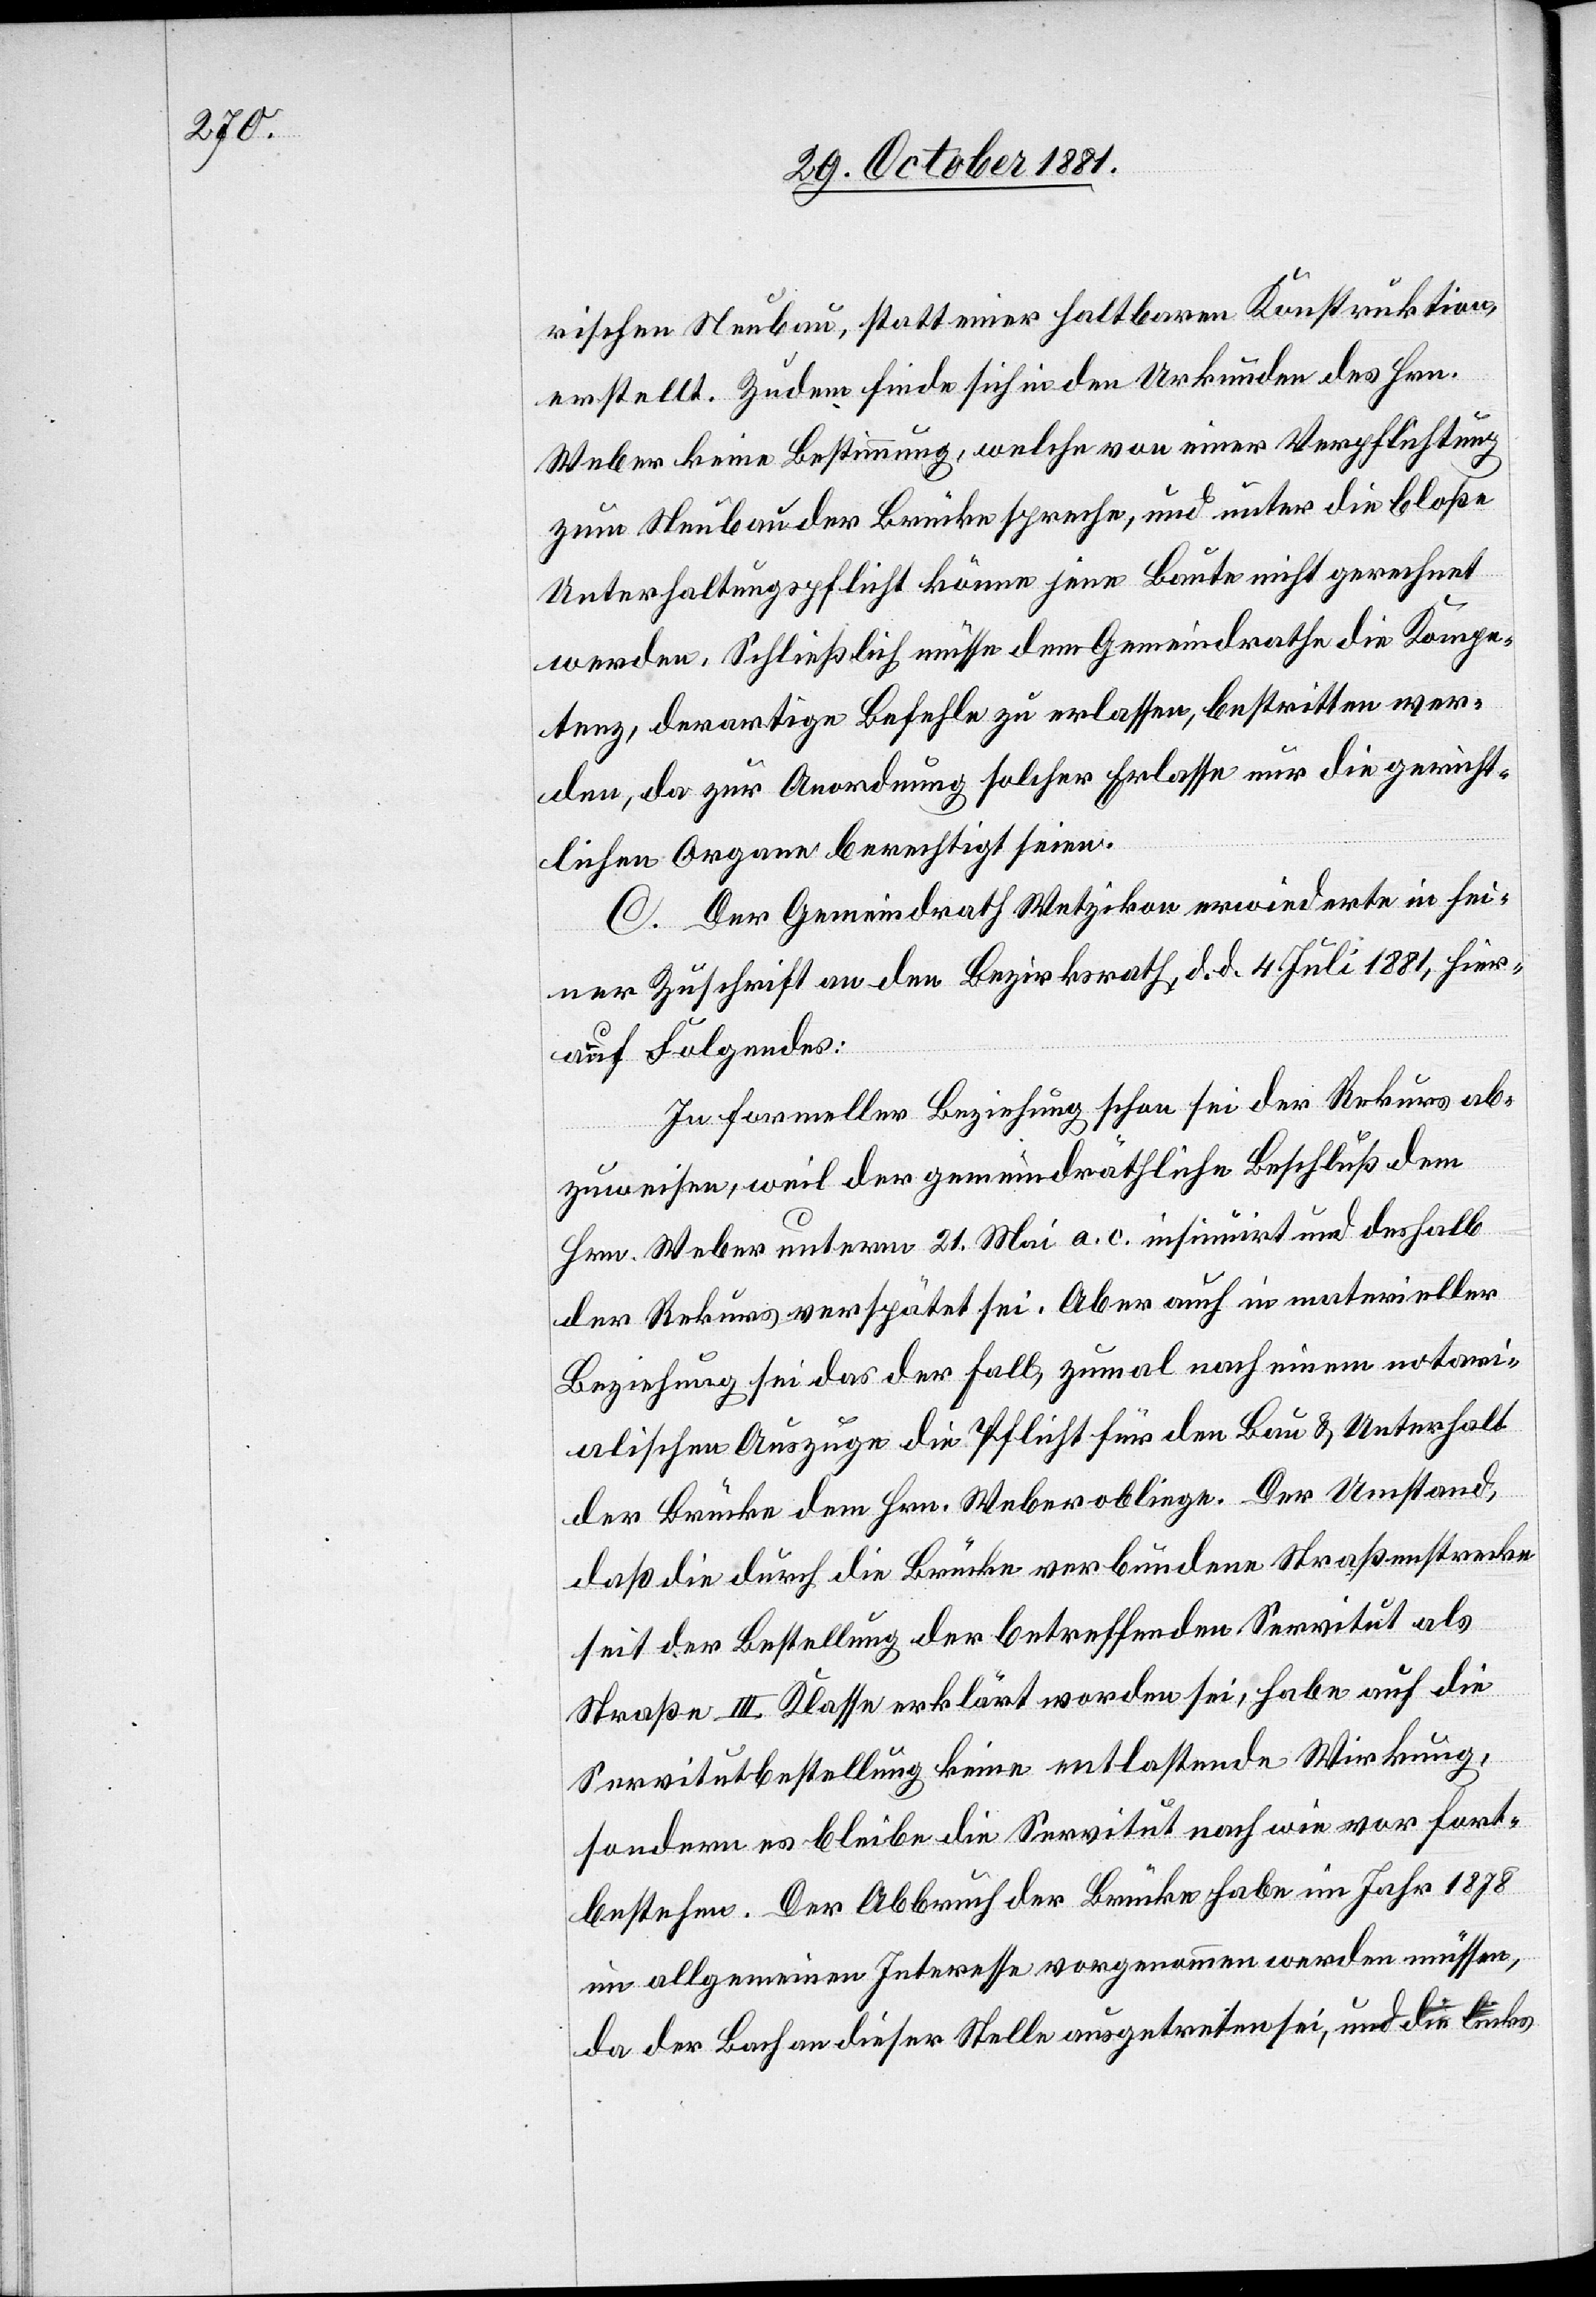
rischen Neubau, statt einer haltbaren Konstruktion,
erstellt. Zudem finde sich in den Urkunden des Hrn.
Weber keine Bestimmung, welche von einer Verpflichtung
zum Neubau der Brücke spreche, und unter die bloße
Unterhaltungspflicht könne jene Baute nicht gerechnet
werden. Schließlich müsse dem Gemeindrathe die Kompe¬
tenz, derartige Befehle zu erlassen, bestritten wer¬
den, da zur Anwendung solcher Erlasse nur die gericht¬
lichen Organe berechtigt seien.
C. Der Gemeindrath Wetzikon erwiederte in sei¬
ner Zuschrift an den Bezirksrath, d. d. 4. Juli 1881, hier¬
auf Folgendes:
In formeller Beziehung schon sei der Rekurs ab¬
zuweisen, weil der gemeindräthliche Beschluß dem
Hrn. Weber unterm 21. Mai a. c. insinuirt und deshalb
der Rekurs verspätet sei. Aber auch in materieller
Beziehung sei das der Fall, zumal nach einem notari¬
alischen Auszuge die Pflicht für den Bau & Unterhalt
der Brücke dem Hrn. Weber obliege. Der Umstand,
daß die durch die Brücke verbundene Straßenstrecke
seit der Bestellung der betreffenden Servitut als
Straße III. Klasse erklärt worden sei, habe auf die
Servitutbestellung keine entlastende Wirkung,
sondern es bleibe die Servitut nach wie vor fort¬
bestehen. Der Abbruch der Brücke habe im Jahr 1878
im allgemeinen Interesse vorgenommen werden müssen,
da der Bach an dieser Stelle ausgetreten sei, und die links